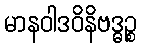
မာနဝါဒဝိနိဗဒ္ဓဉ္စ